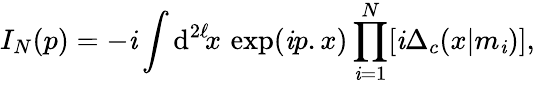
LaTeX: I_{N}(p)=-\mathit{i}\int\mathrm{d}^{2\ell}\! x\, \exp(\mathit{i}p.x)\prod_{\mathit{i}=1}^{N}[\mathit{i}\Delta_{c}(x|m_{\mathit{i}})],